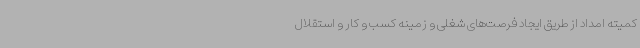
کمیته امداد از طریق ایجاد فرصت‌های شغلی و زمینه کسب و کار و استقلال